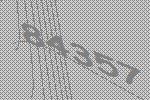
84357